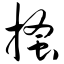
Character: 搔